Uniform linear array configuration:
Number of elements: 12
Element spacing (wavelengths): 0.25
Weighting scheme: binomial
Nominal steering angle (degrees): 0
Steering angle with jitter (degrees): -0.6334
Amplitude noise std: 0.05
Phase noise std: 0.05

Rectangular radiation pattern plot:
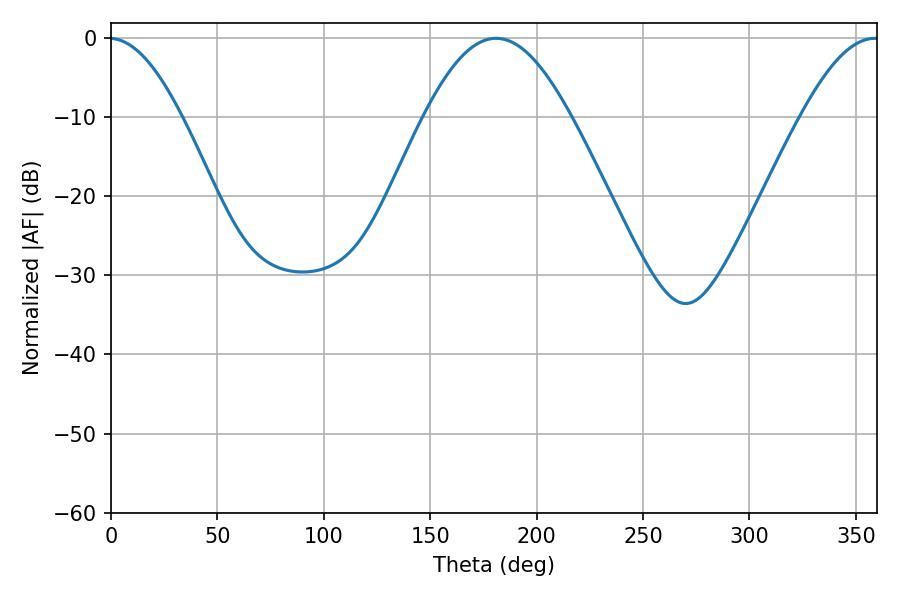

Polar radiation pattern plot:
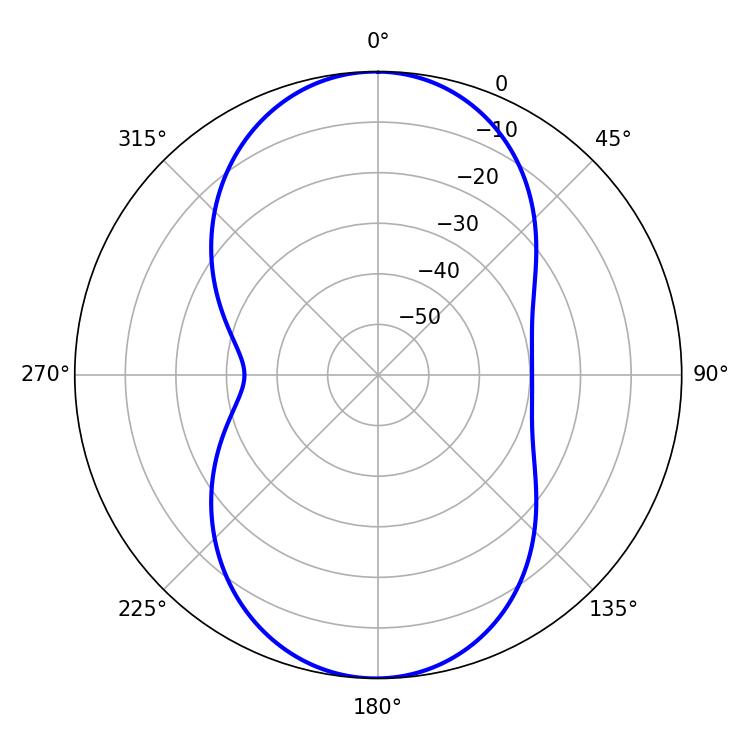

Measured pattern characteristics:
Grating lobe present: FALSE
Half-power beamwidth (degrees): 37.08
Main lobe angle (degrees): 180.9